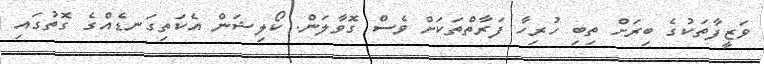
ވަޒީފާތަކުގެ ބިރަށް ތިބި ހުރިހާ ފަރާތްތަކަށް ވެސް ގޮވާލަން. ކޯލިޝަން އެކަތިގަނޑެއްގެ ގޮތުގައި